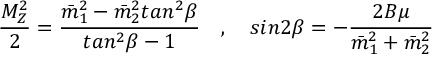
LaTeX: \frac { M _ { Z } ^ { 2 } } { 2 } = \frac { \bar { m } _ { 1 } ^ { 2 } - \bar { m } _ { 2 } ^ { 2 } t a n ^ { 2 } \beta } { t a n ^ { 2 } \beta - 1 } \quad , \quad s i n 2 \beta = - \frac { 2 B \mu } { \bar { m } _ { 1 } ^ { 2 } + \bar { m } _ { 2 } ^ { 2 } }